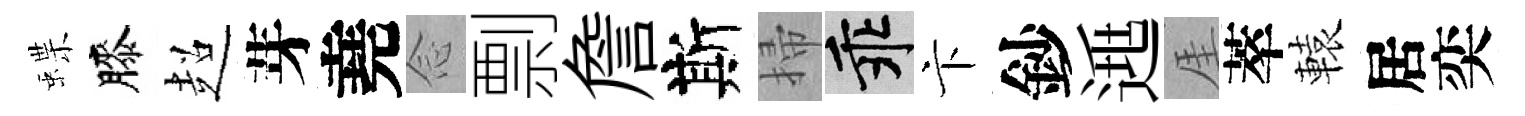
蝶膝超芽堯𫝹剽詹斯掃乖卞鈔𨓱厓萃轅居奕